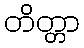
တိတ္တာ